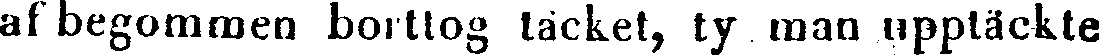
af begommen borttog täcket, ty man upptäckte